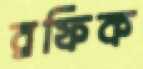
রফিক